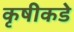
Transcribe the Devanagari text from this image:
कृषीकडे